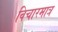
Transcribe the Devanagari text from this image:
विचारमात्र